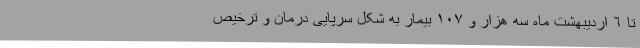
تا ٦ اردیبهشت ماه سه هزار و ١٠٧ بیمار به شکل سرپایی درمان و ترخیص